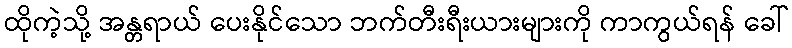
ထိုကဲ့သို့ အန္တရာယ် ပေးနိုင်သော ဘက်တီးရီးယားများကို ကာကွယ်ရန် ခေါ်